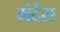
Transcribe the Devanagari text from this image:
मंदेंस